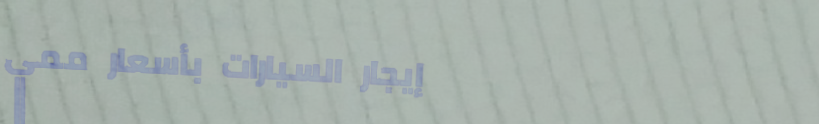
إيجار السيارات بأسعار ممي